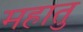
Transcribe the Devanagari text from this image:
महातु